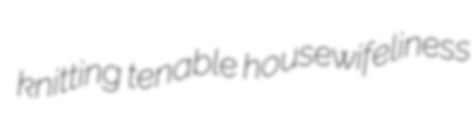
knitting tenable housewifeliness